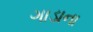
ગાડાના